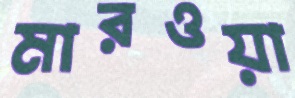
মারওয়া